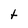
Character: t